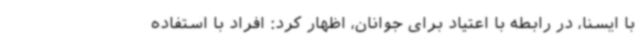
با ایسنا، در رابطه با اعتیاد برای جوانان، اظهار کرد: افراد با استفاده